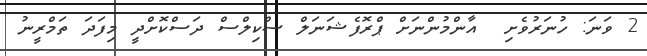
2 ވަނަ: ހުނަރުވެށި  އާންމުންނަށް ޕްރޮފެޝަނަލް ސްކިލްސް ދަސްކޮށްދީ މިފަދަ ތަމްރީނު